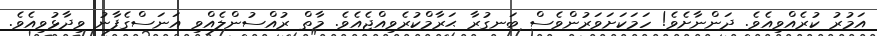
އަމުރު ކުރެއްވިއެވެ. ދަންނާށެވެ! ހަމަކަށަވަރުންވެސް ބަނގުރާ ޙަރާމްކުރެެވިއްޖެއެވެ. މާތް ރުއްސުންލެއްވި އަނަސްގެފާނު ވިދާޅުވިއެވެ.